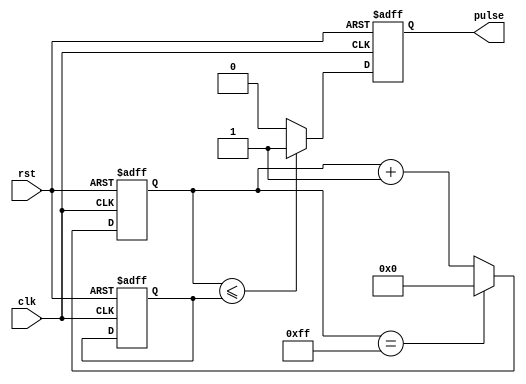
module DutyCyclePulseGenerator (
    input wire clk,
    input wire rst,
    output reg pulse
);

parameter COUNT_WIDTH = 8; // Width of the counter
parameter DUTY_CYCLE = 50; // Desired duty cycle (percentage)

reg [COUNT_WIDTH-1:0] count;
reg [COUNT_WIDTH-1:0] threshold;

always @ (posedge clk or posedge rst) begin
    if (rst) begin
        count <= 0;
        threshold <= (DUTY_CYCLE * ((1 << COUNT_WIDTH) - 1) / 100) - 1;
        pulse <= 0;
    end else begin
        count <= count + 1;
        if (count == (1 << COUNT_WIDTH) - 1) begin
            count <= 0;
        end
        if (count <= threshold) begin
            pulse <= 1;
        end else begin
            pulse <= 0;
        end
    end
end

endmodule